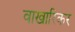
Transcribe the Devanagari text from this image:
वाखारिकर